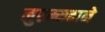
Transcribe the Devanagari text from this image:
मुहम्मदाने